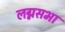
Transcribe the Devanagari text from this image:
लग्नसभा